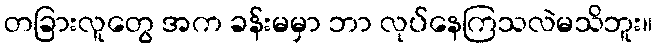
တခြားလူတွေ အက ခန်းမမှာ ဘာ လုပ်နေကြသလဲမသိဘူး။